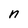
Character: n